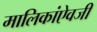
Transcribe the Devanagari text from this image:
मालिकांऐवजी